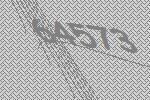
64573